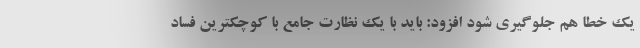
یک خطا هم جلوگیری شود افزود: باید با یک نظارت جامع با کوچکترین فساد